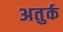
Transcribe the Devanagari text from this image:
अतुर्क